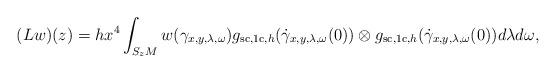
LaTeX: \begin{align*}(Lw)(z) = h x^4\int_{S_zM} w(\gamma_{x,y,\lambda,\omega})g_{\mathrm{sc},\mathrm{1c},h}(\dot{\gamma}_{x,y,\lambda,\omega}(0)) \otimes g_{\mathrm{sc},\mathrm{1c},h}(\dot{\gamma}_{x,y,\lambda,\omega}(0)) d\lambda d\omega,\end{align*}